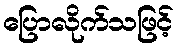
ပြောလိုက်သဖြင့်